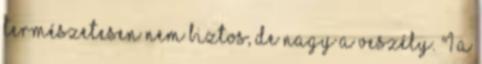
Természetesen nem biztos, de nagy a veszély. "1 A